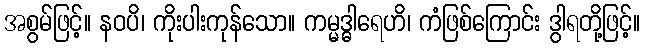
အစွမ်ဖြင့်။ နဝပိ၊ ကိုးပါးကုန်သော။ ကမ္မဒ္ဓါရေဟိ၊ ကံဖြစ်ကြောင်း ဒွါရတို့ဖြင့်။